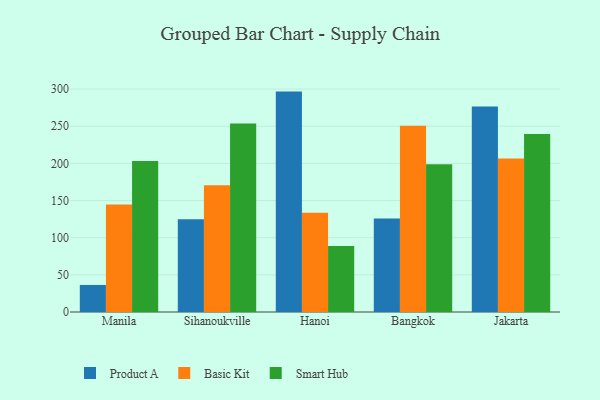
{"axis": {"x": "City", "y": "Churn Rate (%)"}, "legend": ["Basic Kit", "Product A", "Smart Hub"], "data": [{"x": "Manila", "y": 36.4, "type": "Product A"}, {"x": "Manila", "y": 144.5, "type": "Basic Kit"}, {"x": "Manila", "y": 203.2, "type": "Smart Hub"}, {"x": "Sihanoukville", "y": 124.7, "type": "Product A"}, {"x": "Sihanoukville", "y": 170.7, "type": "Basic Kit"}, {"x": "Sihanoukville", "y": 253.8, "type": "Smart Hub"}, {"x": "Hanoi", "y": 296.6, "type": "Product A"}, {"x": "Hanoi", "y": 133.6, "type": "Basic Kit"}, {"x": "Hanoi", "y": 88.8, "type": "Smart Hub"}, {"x": "Bangkok", "y": 125.9, "type": "Product A"}, {"x": "Bangkok", "y": 250.6, "type": "Basic Kit"}, {"x": "Bangkok", "y": 198.8, "type": "Smart Hub"}, {"x": "Jakarta", "y": 276.5, "type": "Product A"}, {"x": "Jakarta", "y": 206.5, "type": "Basic Kit"}, {"x": "Jakarta", "y": 239.6, "type": "Smart Hub"}]}